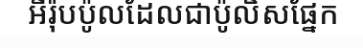
អឺរ៉ុបប៉ូលដែលជាប៉ូលិសផ្នែក